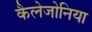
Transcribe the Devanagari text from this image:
कैलेजोनिया